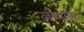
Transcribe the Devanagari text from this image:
जापाण